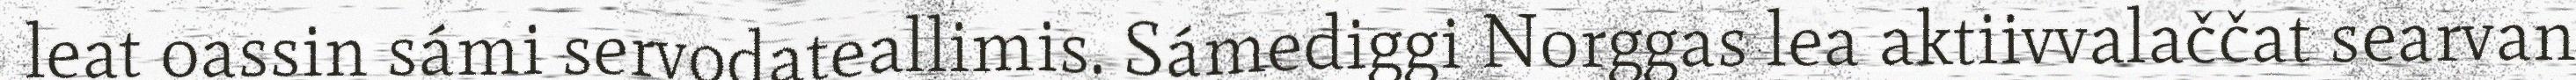
leat oassin sámi servodateallimis. Sámediggi Norggas lea aktiivvalaččat searvan